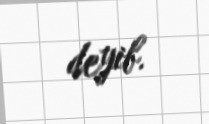
deyib.